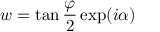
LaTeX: w = \tan \frac { \varphi } { 2 } \exp ( i \alpha )